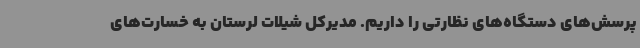
پرسش‌های دستگاه‌های نظارتی را داریم. مدیرکل شیلات لرستان به خسارت‌های